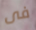
فى